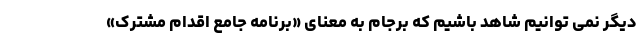
دیگر نمی توانیم شاهد باشیم که برجام به معنای «برنامه جامع اقدام مشترک»